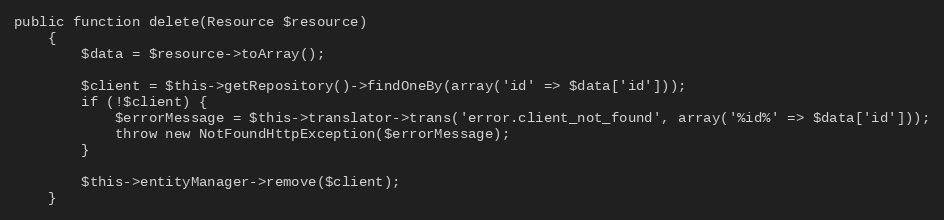
Language: PHP
public function delete(Resource $resource)
    {
        $data = $resource->toArray();

        $client = $this->getRepository()->findOneBy(array('id' => $data['id']));
        if (!$client) {
            $errorMessage = $this->translator->trans('error.client_not_found', array('%id%' => $data['id']));
            throw new NotFoundHttpException($errorMessage);
        }

        $this->entityManager->remove($client);
    }